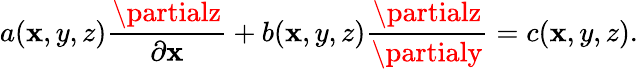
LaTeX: a(\mathbf{x},y,z){\frac{{\partialz}}{{\partial\mathbf{x}}}}+b(\mathbf{x},y,z){\frac{{\partialz}}{{\partialy}}}=c(\mathbf{x},y,z).